Indian journal of veterinary science and animal husbandry - Volumes 15-17, 1948-1951
Year: 1948
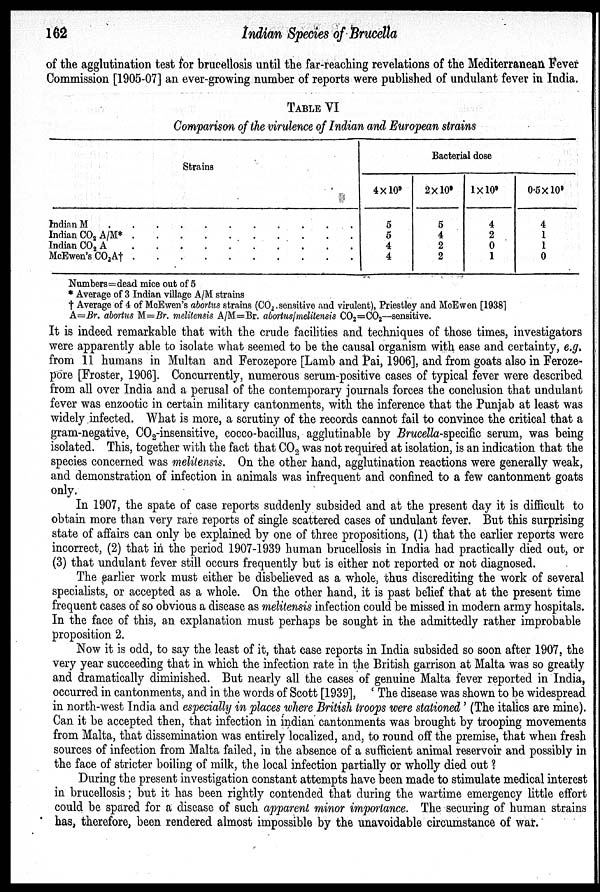
162
Indian Species of Brucella
of the agglutination test for brucellosis until the far-reaching revelations of the Mediterranean Fever
Commission [1905-07] an ever-growing number of reports were published of undulant fever in India.
TABLE VI
Comparison of the virulence of Indian and European strains
Strains
Indian M . . . . . . . . . . .
Indian CO 2 A/M*.
.
.
.
.
.
.
.
.
.
.
Indian CO 2 A . . . . . . . . . . .
McEwen's CO 2 A†
.
.
.
.
.
.
.
.
.
.
.
Bacterial dose
4×10 9
5
5
4
4
2×10 9
5
4
2
2
1×10 9
4
2
0
1
0.5×10 9
4
1
1
0
Numbers=dead mice out of 5
* Average of 3 Indian village A/M strains
† Average of 4 of McEwen's abortus strains (CO 2 sensitive and virulent), Priestley and McEwen [1938]
A=Br. abortus M=Br. melitensis A/M=Br. abortus/melitensis CO 2 =CO 2 —sensitive.
It is indeed remarkable that with the crude facilities and techniques of those times, investigators
were apparently able to isolate what seemed to be the causal organism with ease and certainty, e.g.
from 11 humans in Multan and Ferozepore [Lamb and Pai, 1906], and from goats also in Feroze-
pore [Froster, 1906]. Concurrently, numerous serum-positive cases of typical fever were described
from all over India and a perusal of the contemporary journals forces the conclusion that undulant
fever was enzootic in certain military cantonments, with the inference that the Punjab at least was
widely infected. What is more, a scrutiny of the records cannot fail to convince the critical that a
gram-negative, CO 2 -insensitive, cocco-bacillus, agglutinable by Brucella-specific serum, was being
isolated. This, together with the fact that CO 2 was not required at isolation, is an indication that the
species concerned was melitensis. On the other hand, agglutination reactions were generally weak,
and demonstration of infection in animals was infrequent and confined to a few cantonment goats
only.
In 1907, the spate of case reports suddenly subsided and at the present day it is difficult to
obtain more than very rare reports of single scattered cases of undulant fever. But this surprising
state of affairs can only be explained by one of three propositions, (1) that the earlier reports were
incorrect, (2) that in the period 1907-1939 human brucellosis in India had practically died out, or
(3) that undulant fever still occurs frequently but is either not reported or not diagnosed.
The earlier work must either be disbelieved as a whole, thus discrediting the work of several
specialists, or accepted as a whole. On the other hand, it is past belief that at the present time
frequent cases of so obvious a disease as melitensis infection could be missed in modern army hospitals.
In the face of this, an explanation must perhaps be sought in the admittedly rather improbable
proposition 2.
Now it is odd, to say the least of it, that case reports in India subsided so soon after 1907, the
very year succeeding that in which the infection rate in the British garrison at Malta was so greatly
and dramatically diminished. But nearly all the cases of genuine Malta fever reported in India,
occurred in cantonments, and in the words of Scott [1939], ' The disease was shown to be widespread
in north-west India and especially in places where British troops were stationed ' (The italics are mine
Can it be accepted then, that infection in indian cantonments was brought by trooping movements
from Malta, that dissemination was entirely localized, and, to round off the premise, that when fresh
sources of infection from Malta failed, in the absence of a sufficient animal reservoir and possibly in
the face of stricter boiling of milk, the local infection partially or wholly died out ?
During the present investigation constant attempts have been made to stimulate medical interest
in brucellosis ; but it has been rightly contended that during the wartime emergency little effort
could be spared for a disease of such apparent minor importance. The securing of human strains
has, therefore, been rendered almost impossible by the unavoidable circumstance of war.